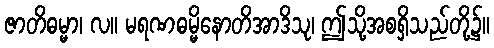
ဇာတိဓမ္မာ၊ လ။ မရဏဓမ္မိနောတိအာဒိသု၊ ဤသို့အစရှိသည်တို့၌။